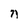
Character: n